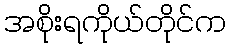
အစိုးရကိုယ်တိုင်က